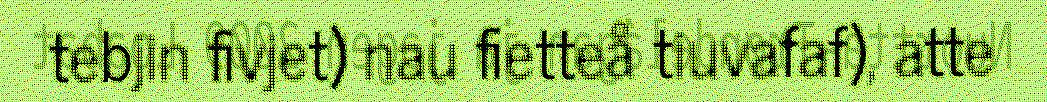
tebjin fivjet) nau fietteå tiuvafaf), atte